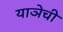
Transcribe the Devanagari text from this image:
याञेची